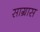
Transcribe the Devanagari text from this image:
साग्रास